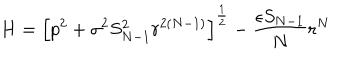
H = \left[ p ^ { 2 } + \sigma ^ { 2 } S _ { N - 1 } ^ { 2 } r ^ { 2 ( N - 1 ) } \right] ^ { \frac 1 2 } - \frac { \epsilon S _ { N - 1 } } { N } r ^ { N }